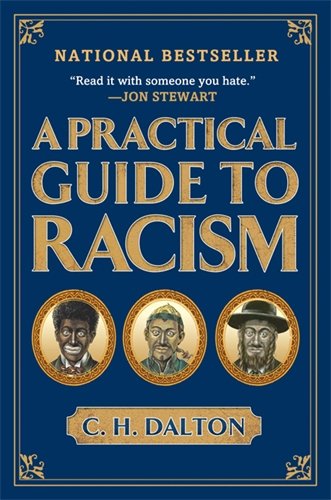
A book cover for A Practical Guide to Racism; C. H. Dalton; Humor & Entertainment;